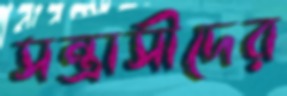
সন্ত্রাসীদের